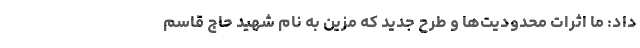
داد: ما اثرات محدودیت‌ها و طرح جدید که مزین به نام شهید حاج قاسم